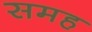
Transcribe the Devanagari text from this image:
समह